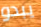
يبدو